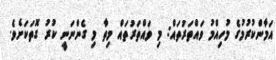
އަމާންކުރުމުގެ މުހިއްމު ވައްތަރުތައް: މި ވައްތަރުތައް މިތާ މި ގެންނަނީ ކުރު ގޮތަކަށެވެ.